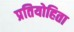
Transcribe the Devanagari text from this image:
प्रतियोहिता